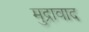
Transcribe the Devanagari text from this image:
मुद्रावाद